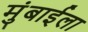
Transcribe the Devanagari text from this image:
मुंबाईला